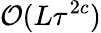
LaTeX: \mathcal{O}(L\tau^{2c})